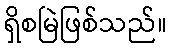
ရှိစမြဲဖြစ်သည်။